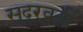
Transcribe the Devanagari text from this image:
सूदूरवर्ती